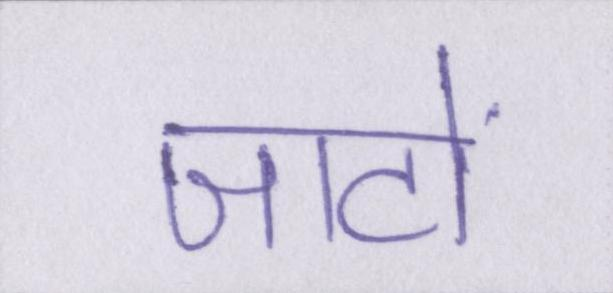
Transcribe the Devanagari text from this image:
जाटों